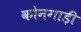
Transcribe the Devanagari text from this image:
कोनगाड़ी